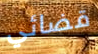
قضائي